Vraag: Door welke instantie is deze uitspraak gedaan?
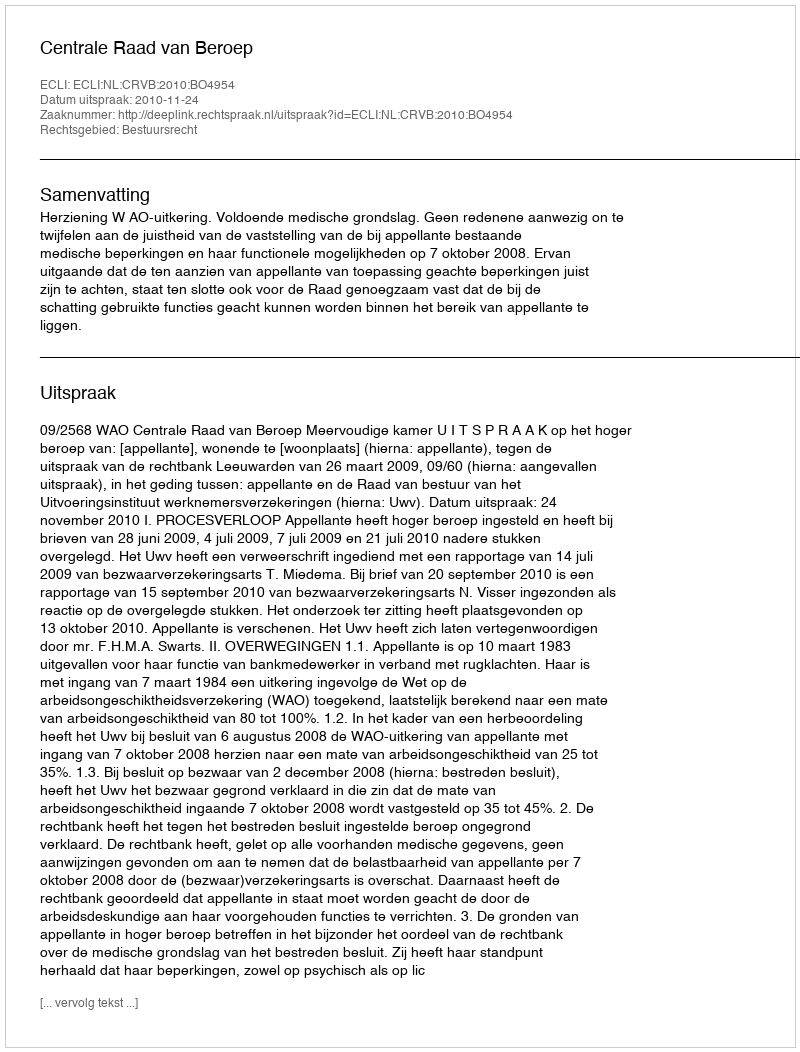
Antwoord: Centrale Raad van Beroep